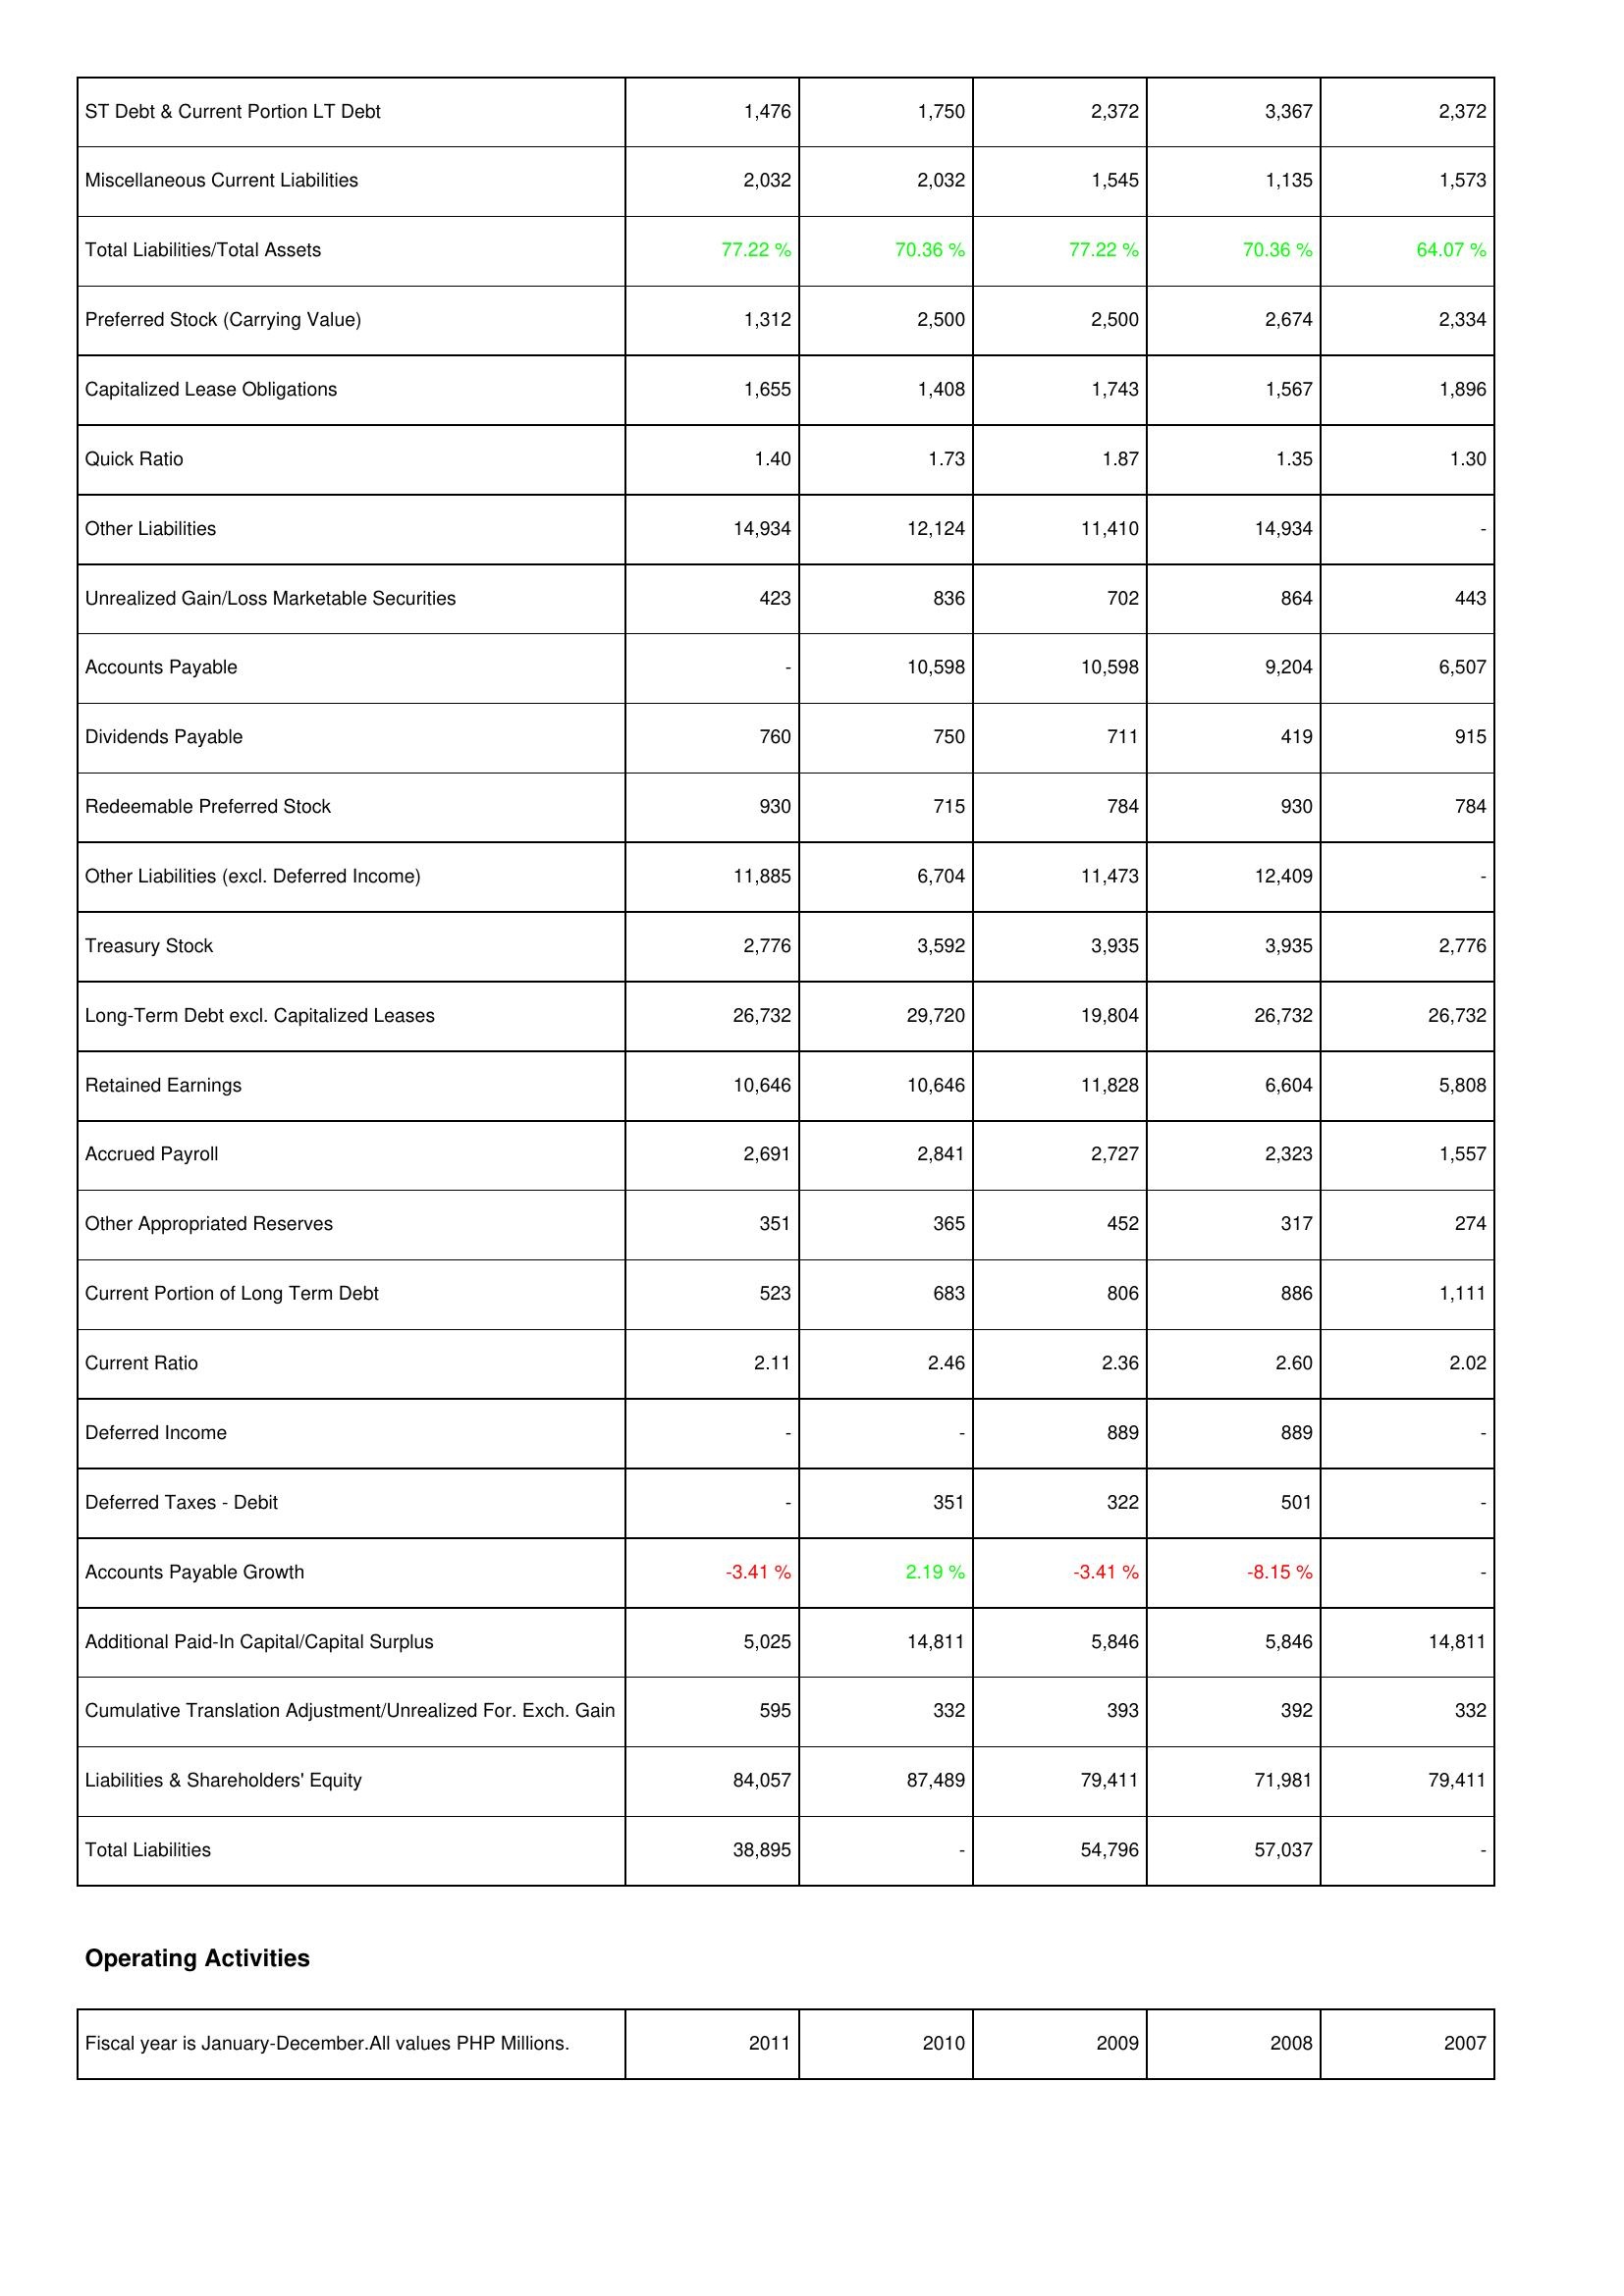
2011: Liabilities & Shareholders' Equity: ST Debt & Current Portion LT Debt: 1,476
Miscellaneous Current Liabilities: 2,032
Total Liabilities/Total Assets: 77.22 %
Preferred Stock (Carrying Value): 1,312
Capitalized Lease Obligations: 1,655
Quick Ratio: 1.40
Other Liabilities: 14,934
Unrealized Gain/Loss Marketable Securities: 423
Accounts Payable: -
Dividends Payable: 760
Redeemable Preferred Stock: 930
Other Liabilities (excl. Deferred Income): 11,885
Treasury Stock: 2,776
Long-Term Debt excl. Capitalized Leases: 26,732
Retained Earnings: 10,646
Accrued Payroll: 2,691
Other Appropriated Reserves: 351
Current Portion of Long Term Debt: 523
Current Ratio: 2.11
Deferred Income: -
Deferred Taxes - Debit: -
Accounts Payable Growth: -3.41 %
Additional Paid-In Capital/Capital Surplus: 5,025
Cumulative Translation Adjustment/Unrealized For. Exch. Gain: 595
Liabilities & Shareholders' Equity: 84,057
Total Liabilities: 38,895
2010: Liabilities & Shareholders' Equity: ST Debt & Current Portion LT Debt: 1,750
Miscellaneous Current Liabilities: 2,032
Total Liabilities/Total Assets: 70.36 %
Preferred Stock (Carrying Value): 2,500
Capitalized Lease Obligations: 1,408
Quick Ratio: 1.73
Other Liabilities: 12,124
Unrealized Gain/Loss Marketable Securities: 836
Accounts Payable: 10,598
Dividends Payable: 750
Redeemable Preferred Stock: 715
Other Liabilities (excl. Deferred Income): 6,704
Treasury Stock: 3,592
Long-Term Debt excl. Capitalized Leases: 29,720
Retained Earnings: 10,646
Accrued Payroll: 2,841
Other Appropriated Reserves: 365
Current Portion of Long Term Debt: 683
Current Ratio: 2.46
Deferred Income: -
Deferred Taxes - Debit: 351
Accounts Payable Growth: 2.19 %
Additional Paid-In Capital/Capital Surplus: 14,811
Cumulative Translation Adjustment/Unrealized For. Exch. Gain: 332
Liabilities & Shareholders' Equity: 87,489
Total Liabilities: -
2009: Liabilities & Shareholders' Equity: ST Debt & Current Portion LT Debt: 2,372
Miscellaneous Current Liabilities: 1,545
Total Liabilities/Total Assets: 77.22 %
Preferred Stock (Carrying Value): 2,500
Capitalized Lease Obligations: 1,743
Quick Ratio: 1.87
Other Liabilities: 11,410
Unrealized Gain/Loss Marketable Securities: 702
Accounts Payable: 10,598
Dividends Payable: 711
Redeemable Preferred Stock: 784
Other Liabilities (excl. Deferred Income): 11,473
Treasury Stock: 3,935
Long-Term Debt excl. Capitalized Leases: 19,804
Retained Earnings: 11,828
Accrued Payroll: 2,727
Other Appropriated Reserves: 452
Current Portion of Long Term Debt: 806
Current Ratio: 2.36
Deferred Income: 889
Deferred Taxes - Debit: 322
Accounts Payable Growth: -3.41 %
Additional Paid-In Capital/Capital Surplus: 5,846
Cumulative Translation Adjustment/Unrealized For. Exch. Gain: 393
Liabilities & Shareholders' Equity: 79,411
Total Liabilities: 54,796
2008: Liabilities & Shareholders' Equity: ST Debt & Current Portion LT Debt: 3,367
Miscellaneous Current Liabilities: 1,135
Total Liabilities/Total Assets: 70.36 %
Preferred Stock (Carrying Value): 2,674
Capitalized Lease Obligations: 1,567
Quick Ratio: 1.35
Other Liabilities: 14,934
Unrealized Gain/Loss Marketable Securities: 864
Accounts Payable: 9,204
Dividends Payable: 419
Redeemable Preferred Stock: 930
Other Liabilities (excl. Deferred Income): 12,409
Treasury Stock: 3,935
Long-Term Debt excl. Capitalized Leases: 26,732
Retained Earnings: 6,604
Accrued Payroll: 2,323
Other Appropriated Reserves: 317
Current Portion of Long Term Debt: 886
Current Ratio: 2.60
Deferred Income: 889
Deferred Taxes - Debit: 501
Accounts Payable Growth: -8.15 %
Additional Paid-In Capital/Capital Surplus: 5,846
Cumulative Translation Adjustment/Unrealized For. Exch. Gain: 392
Liabilities & Shareholders' Equity: 71,981
Total Liabilities: 57,037
2007: Liabilities & Shareholders' Equity: ST Debt & Current Portion LT Debt: 2,372
Miscellaneous Current Liabilities: 1,573
Total Liabilities/Total Assets: 64.07 %
Preferred Stock (Carrying Value): 2,334
Capitalized Lease Obligations: 1,896
Quick Ratio: 1.30
Other Liabilities: -
Unrealized Gain/Loss Marketable Securities: 443
Accounts Payable: 6,507
Dividends Payable: 915
Redeemable Preferred Stock: 784
Other Liabilities (excl. Deferred Income): -
Treasury Stock: 2,776
Long-Term Debt excl. Capitalized Leases: 26,732
Retained Earnings: 5,808
Accrued Payroll: 1,557
Other Appropriated Reserves: 274
Current Portion of Long Term Debt: 1,111
Current Ratio: 2.02
Deferred Income: -
Deferred Taxes - Debit: -
Accounts Payable Growth: -
Additional Paid-In Capital/Capital Surplus: 14,811
Cumulative Translation Adjustment/Unrealized For. Exch. Gain: 332
Liabilities & Shareholders' Equity: 79,411
Total Liabilities: -